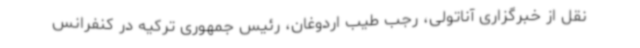
نقل از خبرگزاری آناتولی، رجب طیب اردوغان، رئیس جمهوری ترکیه در کنفرانس